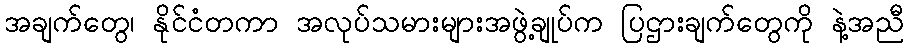
အချက်တွေ၊ နိုင်ငံတကာ အလုပ်သမားများအဖွဲ့ချုပ်က ပြဌားချက်တွေကို နဲ့အညီ